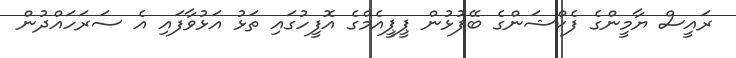
ރައީސް ޔާމީންގެ ފެކްޝަންގެ ބޭފުޅުން ޕީޕީއެމްގެ އޮފީހުގައި ތަޅު އަޅުވާފައި އެ ސަރަހައްދުން